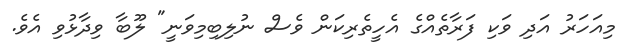
މިއަހަރު އަދި ވަކި ފަރާތެއްގެ އެހީތެރިކަން ވެސް ނުލިބިމިވަނީ" ލޫބާ ވިދާޅުވި އެވެ.